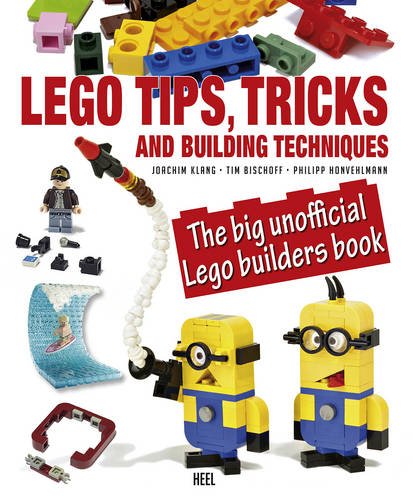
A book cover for Lego Tips, Tricks and Building Techniques: The Big Unofficial Lego Builders Book; Joachim Klang; Crafts, Hobbies & Home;